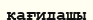
қағидашы